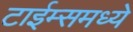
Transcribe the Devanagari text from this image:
टाईम्समध्ये